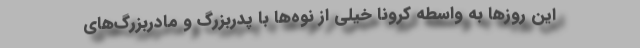
این روزها به واسطه کرونا خیلی از نوه‌ها با پدربزرگ و مادربزرگ‌های